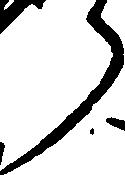
ら